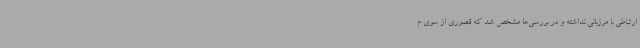
ارتباطی با مرزبانی نداشته و در بررسی‌ها مشخص شد که قصوری از سوی م